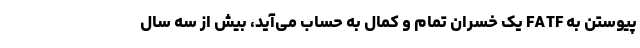
پیوستن به FATF یک خسران تمام و کمال به حساب می‌آید، بیش از سه سال